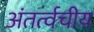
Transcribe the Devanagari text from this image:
अंतर्त्वचीय